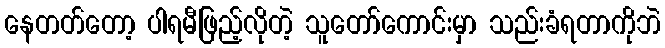
နေတတ်တော့ ပါရမီဖြည့်လိုတဲ့ သူတော်ကောင်းမှာ သည်းခံရတာကိုဘဲ